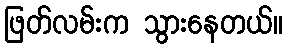
ဖြတ်လမ်းက သွားနေတယ်။